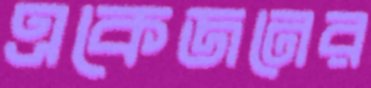
একেজনের